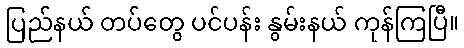
ပြည်နယ် တပ်တွေ ပင်ပန်း နွမ်းနယ် ကုန်ကြပြီ။